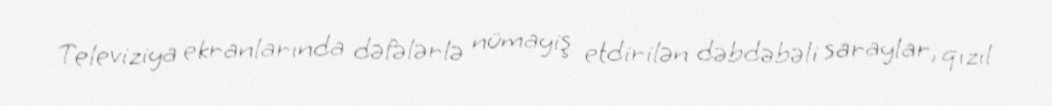
Televiziya ekranlarında dəfələrlə nümayiş etdirilən dəbdəbəli saraylar, qızıl